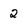
Character: 2